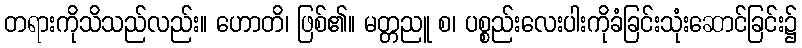
တရားကိုသိသည်လည်း။ ဟောတိ၊ ဖြစ်၏။ မတ္တညူ စ၊ ပစ္စည်းလေးပါးကိုခံခြင်းသုံးဆောင်ခြင်း၌